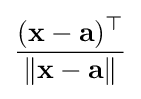
{\frac {(\mathbf {x} -\mathbf {a} )^{\top }}{\|\mathbf {x} -\mathbf {a} \|}}